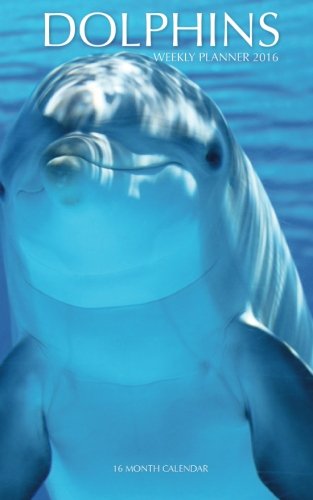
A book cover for Dolphins Weekly Planner 2016: 16 Month Calendar; Jack Smith; Calendars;